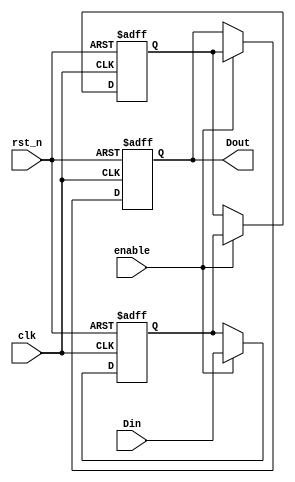
module dual_ff_detector (
    input wire clk,         // Clock signal
    input wire rst_n,      // Asynchronous reset (active low)
    input wire enable,      // Enable signal for detection
    input wire Din,         // Input signal to be monitored
    output reg Dout         // Output signal indicating detection
);

// Internal signals for the flip-flops
reg ff1, ff2;

// Sequential logic for the dual flip-flops
always @(posedge clk or negedge rst_n) begin
    if (!rst_n) begin
        ff1 <= 1'b0;      // Reset FF1
        ff2 <= 1'b0;      // Reset FF2
        Dout <= 1'b0;     // Reset output
    end else if (enable) begin
        ff1 <= Din;       // Capture input signal in FF1
        ff2 <= ff1;       // Capture FF1 output in FF2
        Dout <= ff2;      // Output the value of FF2
    end
end

endmodule